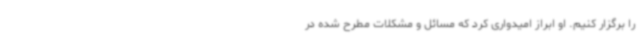
را برگزار کنیم. او ابراز امیدواری کرد که مسائل و مشکلات مطرح شده در